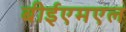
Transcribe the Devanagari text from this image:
बीईएमएल